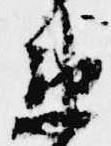
衛